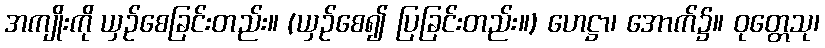
အကျိုးကို ယှဉ်စေခြင်းတည်း။ (ယှဉ်စေ၍ ပြခြင်းတည်း။) ဟေဋ္ဌာ၊ အောက်၌။ ဝုတ္တေသု၊